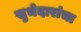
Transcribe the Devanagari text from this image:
सुभेदारांचा